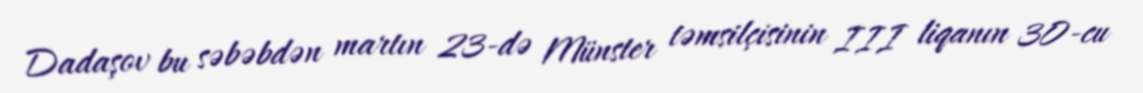
Dadaşov bu səbəbdən martın 23-də Münster təmsilçisinin III liqanın 30-cu